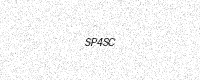
Text: SP4SC